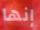
إنها